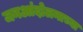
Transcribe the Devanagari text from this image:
जनआंदोलनाच्या